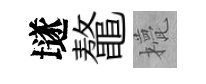
𡑞鼇甍